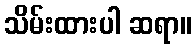
သိမ်းထားပါ ဆရာ။